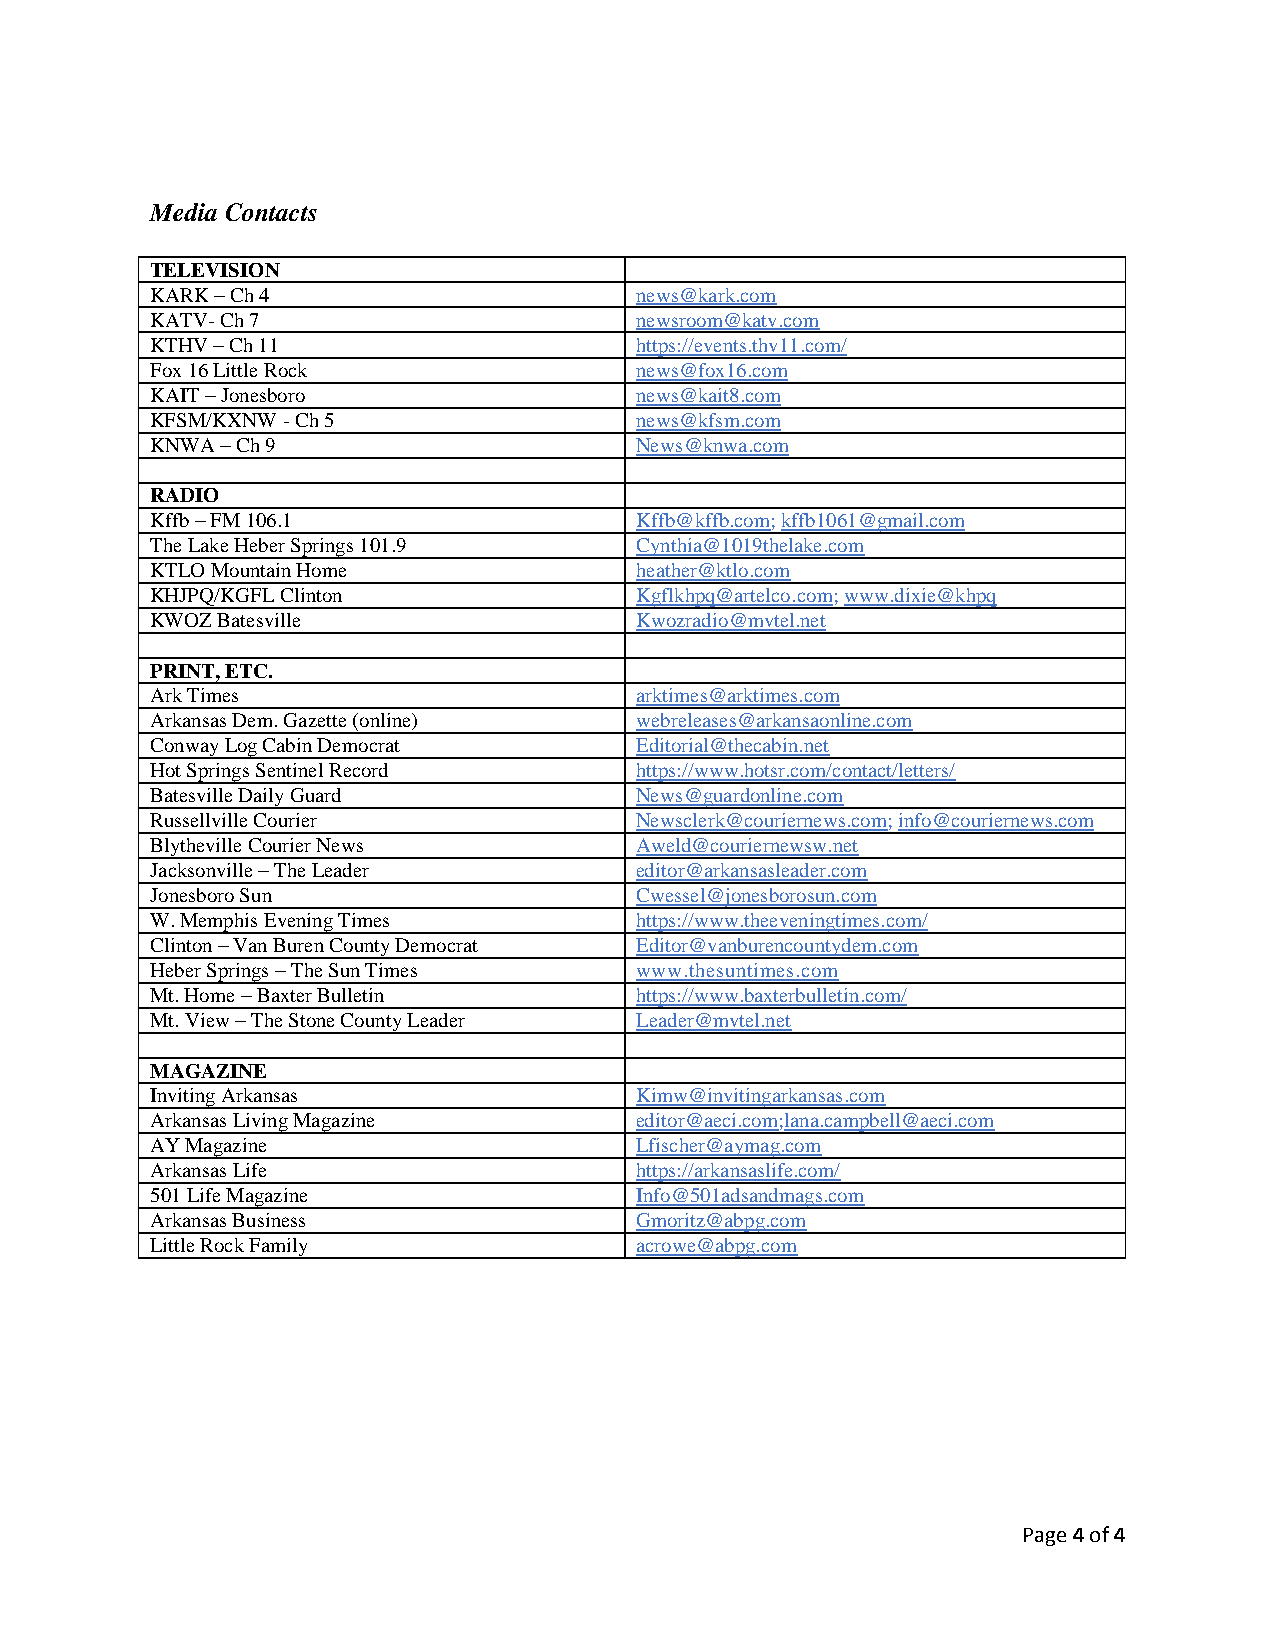
Media Contacts
 TELEVISION
 KARK – Ch 4                     news@kark.com
 KATV- Ch 7                      newsroom@katv.com
 KTHV – Ch 11                    https://events.thv11.com/
 Fox 16 Little Rock              news@fox16.com
 KAIT – Jonesboro                news@kait8.com
 KFSM/KXNW - Ch 5                news@kfsm.com
 KNWA – Ch 9                     News@knwa.com
 RADIO
 Kffb – FM 106.1                 Kffb@kffb.com; kffb1061@gmail.com
 The Lake Heber Springs 101.9    Cynthia@1019thelake.com
 KTLO Mountain Home              heather@ktlo.com
 KHJPQ/KGFL Clinton              Kgflkhpq@artelco.com; www.dixie@khpq
 KWOZ Batesville                 Kwozradio@mvtel.net
 PRINT, ETC.
 Ark Times                       arktimes@arktimes.com
 Arkansas Dem. Gazette (online)  webreleases@arkansaonline.com
 Conway Log Cabin Democrat       Editorial@thecabin.net
 Hot Springs Sentinel Record     https://www.hotsr.com/contact/letters/
 Batesville Daily Guard          News@guardonline.com
 Russellville Courier            Newsclerk@couriernews.com; info@couriernews.com
 Blytheville Courier News        Aweld@couriernewsw.net
 Jacksonville – The Leader       editor@arkansasleader.com
 Jonesboro Sun                   Cwessel@jonesborosun.com
 W. Memphis Evening Times        https://www.theeveningtimes.com/
 Clinton – Van Buren County Democrat Editor@vanburencountydem.com
 Heber Springs – The Sun Times   www.thesuntimes.com
 Mt. Home – Baxter Bulletin      https://www.baxterbulletin.com/
 Mt. View – The Stone County Leader Leader@mvtel.net
 MAGAZINE
 Inviting Arkansas               Kimw@invitingarkansas.com
 Arkansas Living Magazine        editor@aeci.com;lana.campbell@aeci.com
 AY Magazine                     Lfischer@aymag.com
 Arkansas Life                   https://arkansaslife.com/
 501 Life Magazine               Info@501adsandmags.com
 Arkansas Business               Gmoritz@abpg.com
 Little Rock Family              acrowe@abpg.com
 Page 4 of 4